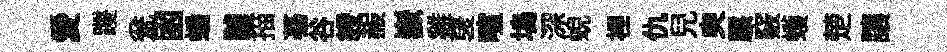
愛躞瓮囦蟠醵描驀谷綬赧嶽雞裦喧塢深蜺裡仇兒㬰駭竅蠖楚讓